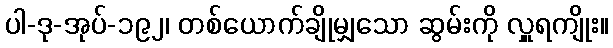
ပါ-ဒု-အုပ်-၁၉၂၊ တစ်ယောက်ချိုမျှသော ဆွမ်းကို လှူရကျိုး။